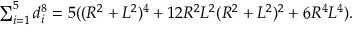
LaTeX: \textstyle \sum _ { i = 1 } ^ { 5 } d _ { i } ^ { 8 } = 5 ( ( R ^ { 2 } + L ^ { 2 } ) ^ { 4 } + 1 2 R ^ { 2 } L ^ { 2 } ( R ^ { 2 } + L ^ { 2 } ) ^ { 2 } + 6 R ^ { 4 } L ^ { 4 } ) .